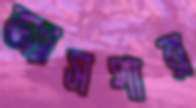
জ্যাসপার